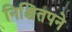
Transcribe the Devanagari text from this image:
निश्चितपने